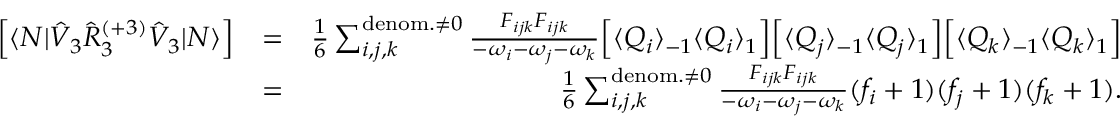
\begin{array} { r l r } { \left[ \langle N | \hat { V } _ { 3 } \hat { R } _ { 3 } ^ { ( + 3 ) } \hat { V } _ { 3 } | N \rangle \right] } & { = } & { \frac { 1 } { 6 } \sum _ { i , j , k } ^ { { \mathrm { d e n o m . } \neq 0 } } \frac { { F } _ { i j k } { F } _ { i j k } } { - \omega _ { i } - \omega _ { j } - \omega _ { k } } \Big [ \langle Q _ { i } \rangle _ { - 1 } \langle Q _ { i } \rangle _ { 1 } \Big ] \Big [ \langle Q _ { j } \rangle _ { - 1 } \langle Q _ { j } \rangle _ { 1 } \Big ] \Big [ \langle Q _ { k } \rangle _ { - 1 } \langle Q _ { k } \rangle _ { 1 } \Big ] } \\ & { = } & { \frac { 1 } { 6 } \sum _ { i , j , k } ^ { \mathrm { d e n o m . } \neq 0 } \frac { { F } _ { i j k } { F } _ { i j k } } { - \omega _ { i } - \omega _ { j } - \omega _ { k } } ( f _ { i } + 1 ) ( f _ { j } + 1 ) ( f _ { k } + 1 ) . } \end{array}